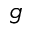
g